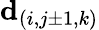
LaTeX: \mathbf{d}_{(i,j\pm 1,k)}